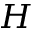
H